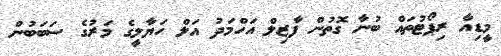
މީޑިއާ ރިޕޯޓުތައް ބުނާ ގޮތުން ފާޒިލް އަހްމަދު އަލް ހަޔާލީގެ މަރުގެ ސަބަބުން